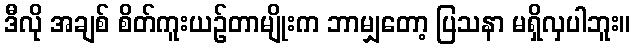
ဒီလို အချစ် စိတ်ကူးယဉ်တာမျိုးက ဘာမျှတော့ ပြသနာ မရှိလှပါဘူး။